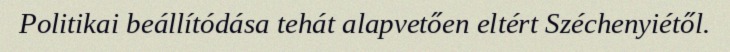
Politikai beállítódása tehát alapvetően eltért Széchenyiétől.